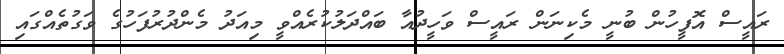
ރައީސް އޮފީހުން ބުނީ މެކިނަން ރައީސް ވަހީދުއާ ބައްދަލުކުރެއްވީ މިއަދު މެންދުރުފަހުގެ ވަގުތެއްގައި